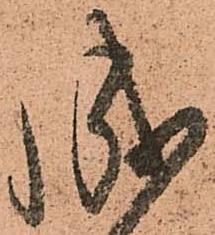
成